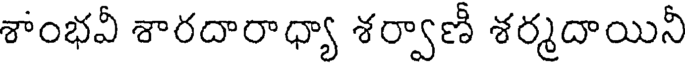
శాంభవీ శారదారాధ్యా శర్వాణీ శర్మదాయినీ